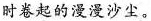
时卷起的漫漫沙尘。